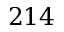
2 1 4